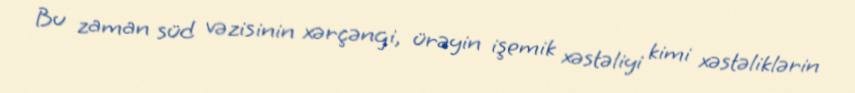
Bu zaman süd vəzisinin xərçəngi, ürəyin işemik xəstəliyi kimi xəstəliklərin